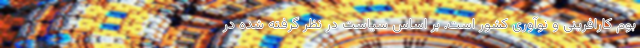
بوم کارافرینی و نوآوری کشور است. بر اساس سیاست در نظر گرفته شده در